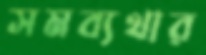
সমব্যথার